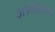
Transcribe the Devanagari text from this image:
अस्थैर्याच्या